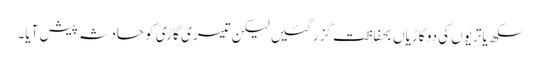
سکھ یاتریوں کی دو گاڑیاں بحفاظت گزر گئیں لیکن تیسری گاڑی کو حادثہ پیش آیا۔